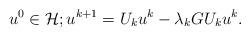
LaTeX: \begin{align*}u^0\in\mathcal{H}; u^{k+1}=U_{k}u^{k}-\lambda _{k}GU_{k}u^{k}.\end{align*}